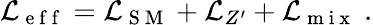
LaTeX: \mathcal{L}_{\mathrm{~e~f~f~}}=\mathcal{L}_{\mathrm{~S~M~}}+\mathcal{L}_{Z^{\prime}}+\mathcal{L}_{\mathrm{~m~i~x~}}\; .